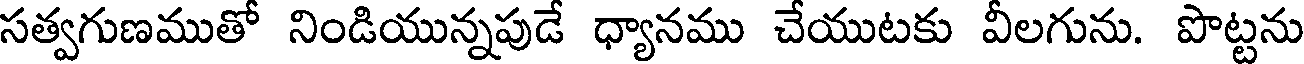
సత్వగుణముతో నిండియున్నపుడే ధ్యానము చేయుటకు వీలగును. పొట్టను